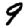
Digit: 9